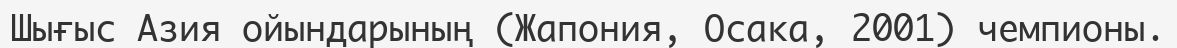
Шығыс Азия ойындарының (Жапония, Осака, 2001) чемпионы.